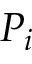
P _ { i }